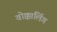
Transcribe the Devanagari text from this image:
वोक्कालिंग